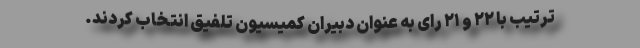
ترتیب با ٢٢ و ٢١ رای به عنوان دبیران کمیسیون تلفیق انتخاب کردند.